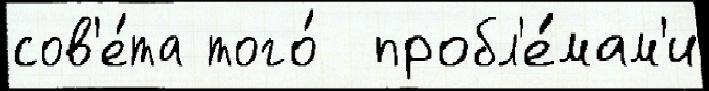
сов'е́та того́  пробл'е́мам'и